Vaccination United Provinces of Agra and Oudh 1914-1922 - 1914-1922
Year: 1914
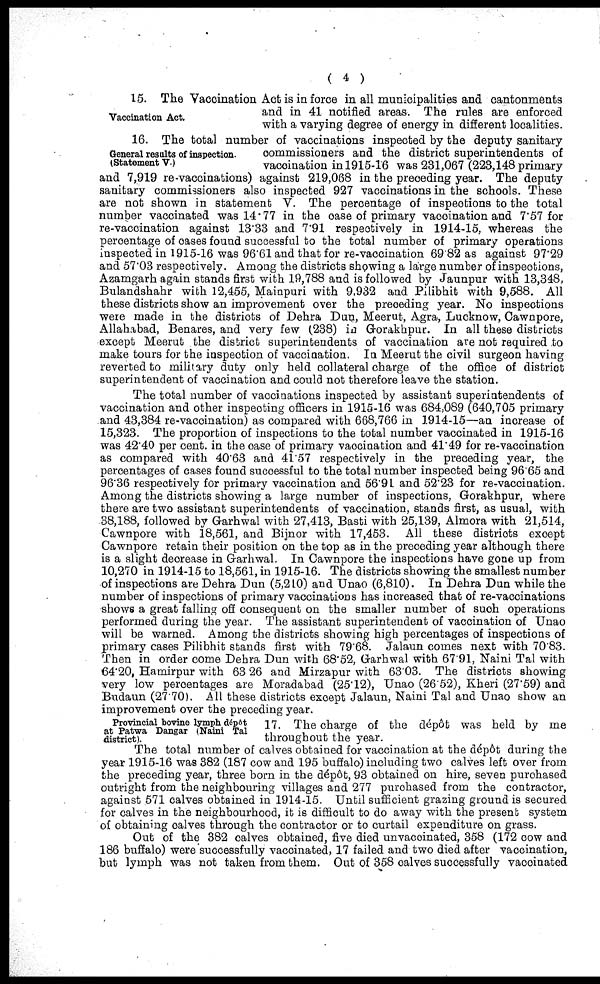
( 4 )
Vaccination Act.
15. The Vaccination Act is in force in all municipalities and cantonments
and in 41 notified areas. The rules are enforced
with a varying degree of energy in different localities.
General results of inspection.
(Statement V.)
16. The total number of vaccinations inspected by the deputy sanitary
commissioners and the district superintendents of
vaccination in 1915-16 was 231,067 (223,148 primary
and 7,919 re-vaccinations) against 219,068 in the preceding year. The deputy
sanitary commissioners also inspected 927 vaccinations in the schools. These
are not shown in statement V. The percentage of inspections to the total
number vaccinated was 14.77 in the case of primary vaccination and 7.57 for
re-vaccination against 13.33 and 7.91 respectively in 1914-15, whereas the
percentage of cases found successful to the total number of primary operations
inspected in 1915-16 was 96.61 and that for re-vaccination 69.82 as against 97.29
and 57.03 respectively. Among the districts showing a large number of inspections,
Azamgarh again stands first with 19,788 and is followed by Jaunpur with 13,348,
Bulandshahr with 12,455, Mainpuri with 9,932 and Pilibhit with 9,588. All
these districts show an improvement over the preceding year. No inspections
were made in the districts of Dehra Dun, Meerut, Agra, Lucknow, Cawnpore,
Allahabad, Benares, and very few (238) in Gorakhpur. In all these districts
except Meerut the district superintendents of vaccination are not required to
make tours for the inspection of vaccination. In Meerut the civil surgeon having
reverted to military duty only held collateral charge of the office of district
superintendent of vaccination and could not therefore leave the station.
The total number of vaccinations inspected by assistant superintendents of
vaccination and other inspecting officers in 1915-16 was 684,089 (640,705 primary
and 43,384 re-vaccination) as compared with 668,766 in 1914-15—an increase of
15,323. The proportion of inspections to the total number vaccinated in 1915-16
was 42.40 per cent. in the case of primary vaccination and 41.49 for re-vaccination
as compared with 40.63 and 41.57 respectively in the preceding year, the
percentages of cases found successful to the total number inspected being 96.65 and
96.36 respectively for primary vaccination and 56.91 and 52.23 for re-vaccination.
Among the districts showing a large number of inspections, Gorakhpur, where
there are two assistant superintendents of vaccination, stands first, as usual, with
38,188, followed by Garhwal with 27,413, Basti with 25,139, Almora with 21,514,
Cawnpore with 18,561, and Bijnor with 17,453. All these districts except
Cawnpore retain their position on the top as in the preceding year although there
is a slight decrease in Garhwal. In Cawnpore the inspections have gone up from
10,270 in 1914-15 to 18,561, in 1915-16. The districts showing the smallest number
of inspections are Dehra Dun (5,210) and Unao (6,810). In Dehra Dun while the
number of inspections of primary vaccinations has increased that of re-vaccinations
shows a great falling off consequent on the smaller number of such operations
performed during the year. The assistant superintendent of vaccination of Unao
will be warned. Among the districts showing high percentages of inspections of
primary cases Pilibhit stands first with 79.68. Jalaun comes next with 70.83.
Then in order come Dehra Dun with 68.52, Garhwal with 67.91, Naini Tal with
64.20, Hamirpur with 63.26 and Mirzapur with 63.03. The districts showing
very low percentages are Moradabad (25.12), Unao (26.52), Kheri (27.59) and
Budaun (27.70). All these districts except Jalaun, Naini Tal and Unao show an
improvement over the preceding year.
Provincial bovine lymph dépôt
at Patwa Dangar (Naini Tal
district).
17. The charge of the dépôt was held by me
throughout the year.
The total number of calves obtained for vaccination at the dépôt during the
year 1915-16 was 382 (187 cow and 195 buffalo) including two calves left over from
the preceding year, three born in the dépôt, 93 obtained on hire, seven purchased
outright from the neighbouring villages and 277 purchased from the contractor,
against 571 calves obtained in 1914-15. Until sufficient grazing ground is secured
for calves in the neighbourhood, it is difficult to do away with the present system
of obtaining calves through the contractor or to curtail expenditure on grass.
Out of the 382 calves obtained, five died unvaccinated, 358 (172 cow and
186 buffalo) were successfully vaccinated, 17 failed and two died after vaccination,
but lymph was not taken from them. Out of 358 calves successfully vaccinated